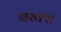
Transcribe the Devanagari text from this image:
बरक्‍स